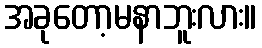
အခုတော့မနာဘူးလား။